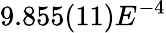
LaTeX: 9.855(11)E^{-4}